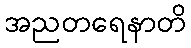
အညတရေနာတိ